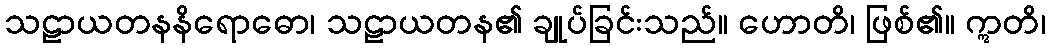
သဠာယတနနိရောဓော၊ သဠာယတန၏ ချုပ်ခြင်းသည်။ ဟောတိ၊ ဖြစ်၏။ ဣတိ၊